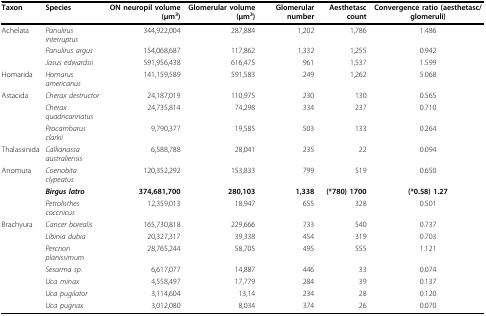
<table><thead><tr><td><b>Taxon</b></td><td><b>Species</b></td><td><b>ON neuropil volume (μm<sup>3</sup>)</b></td><td><b>Glomerular volume (μm<sup>3</sup>)</b></td><td><b>Glomerular number</b></td><td><b>Aesthetasc count</b></td><td><b>Convergence ratio (aesthetasc/glomeruli)</b></td></tr></thead><tbody><tr><td>Achelata</td><td><i>Panulirus interruptus</i></td><td>344,922,004</td><td>287,884</td><td>1,202</td><td>1,786</td><td>1.486</td></tr><tr><td></td><td><i>Panulirus argus</i></td><td>154,068,687</td><td>117,862</td><td>1,332</td><td>1,255</td><td>0.942</td></tr><tr><td></td><td><i>Jasus edwardsii</i></td><td>591,956,438</td><td>616,475</td><td>961</td><td>1,537</td><td>1.599</td></tr><tr><td>Homarida</td><td><i>Homarus americanus</i></td><td>141,159,589</td><td>591,583</td><td>249</td><td>1,262</td><td>5.068</td></tr><tr><td>Astacida</td><td><i>Cherax destructor</i></td><td>24,187,019</td><td>110,975</td><td>230</td><td>130</td><td>0.565</td></tr><tr><td></td><td><i>Cherax quadricarinatus</i></td><td>24,735,814</td><td>74,298</td><td>334</td><td>237</td><td>0.710</td></tr><tr><td></td><td><i>Procambarus clarkii</i></td><td>9,790,377</td><td>19,585</td><td>503</td><td>133</td><td>0.264</td></tr><tr><td>Thalassinida</td><td><i>Callianassa australiensis</i></td><td>6,588,788</td><td>28,041</td><td>235</td><td>22</td><td>0.094</td></tr><tr><td>Anomura</td><td><i>Coenobita clypeatus</i></td><td>120,352,292</td><td>153,833</td><td>799</td><td>519</td><td>0.650</td></tr><tr><td></td><td><b><i>Birgus latro</i></b></td><td><b>374,681,700</b></td><td><b>280,103</b></td><td><b>1,338</b></td><td><b>(*780) 1700</b></td><td><b>(*0.58) 1.27</b></td></tr><tr><td></td><td><i>Petrolisthes coccnicus</i></td><td>12,359,013</td><td>18,947</td><td>655</td><td>328</td><td>0.501</td></tr><tr><td>Brachyura</td><td><i>Cancer borealis</i></td><td>165,730,818</td><td>229,666</td><td>733</td><td>540</td><td>0.737</td></tr><tr><td></td><td><i>Libinia dubia</i></td><td>20,327,317</td><td>39,338</td><td>454</td><td>319</td><td>0.703</td></tr><tr><td></td><td><i>Percnon planissimum</i></td><td>28,765,244</td><td>58,705</td><td>495</td><td>555</td><td>1.121</td></tr><tr><td></td><td><i>Sesarma sp</i>.</td><td>6,617,077</td><td>14,887</td><td>446</td><td>33</td><td>0.074</td></tr><tr><td></td><td><i>Uca minax</i></td><td>4,558,497</td><td>17,779</td><td>284</td><td>39</td><td>0.137</td></tr><tr><td></td><td><i>Uca pugilator</i></td><td>3,114,604</td><td>13,14</td><td>234</td><td>28</td><td>0.120</td></tr><tr><td></td><td><i>Uca pugnax</i></td><td>3,012,080</td><td>8,034</td><td>374</td><td>26</td><td>0.070</td></tr></tbody></table>